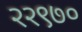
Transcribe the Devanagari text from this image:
२२९७०